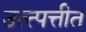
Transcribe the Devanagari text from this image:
उत्त्पत्तीत